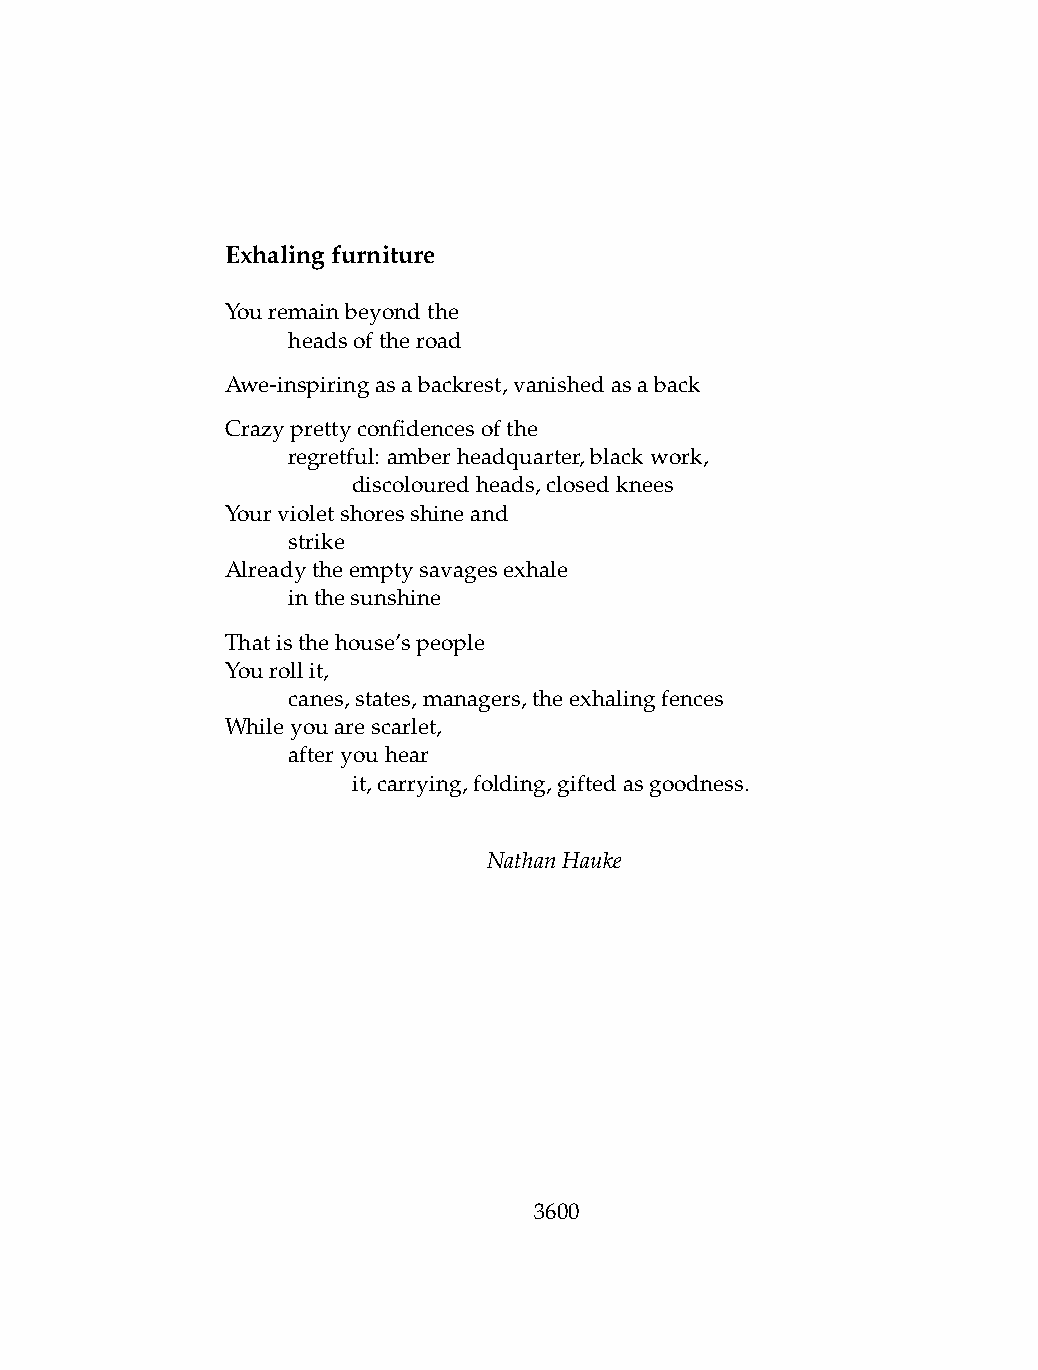
Exhalingfurniture
 Youremainbeyondthe
 .   headsoftheroad
 Awe-inspiringasabackrest,vanishedasaback
 Crazyprettyconfidencesofthe
 .   regretful: amberheadquarter,blackwork,
 .   .   discolouredheads,closedknees
 Yourvioletshoresshineand
 .   strike
 Alreadytheemptysavagesexhale
 .   inthesunshine
 Thatisthehouse’speople
 Yourollit,
 .   canes,states,managers,theexhalingfences
 Whileyouarescarlet,
 .   afteryouhear
 .   .   it,carrying,folding,giftedasgoodness.
 NathanHauke
 3600